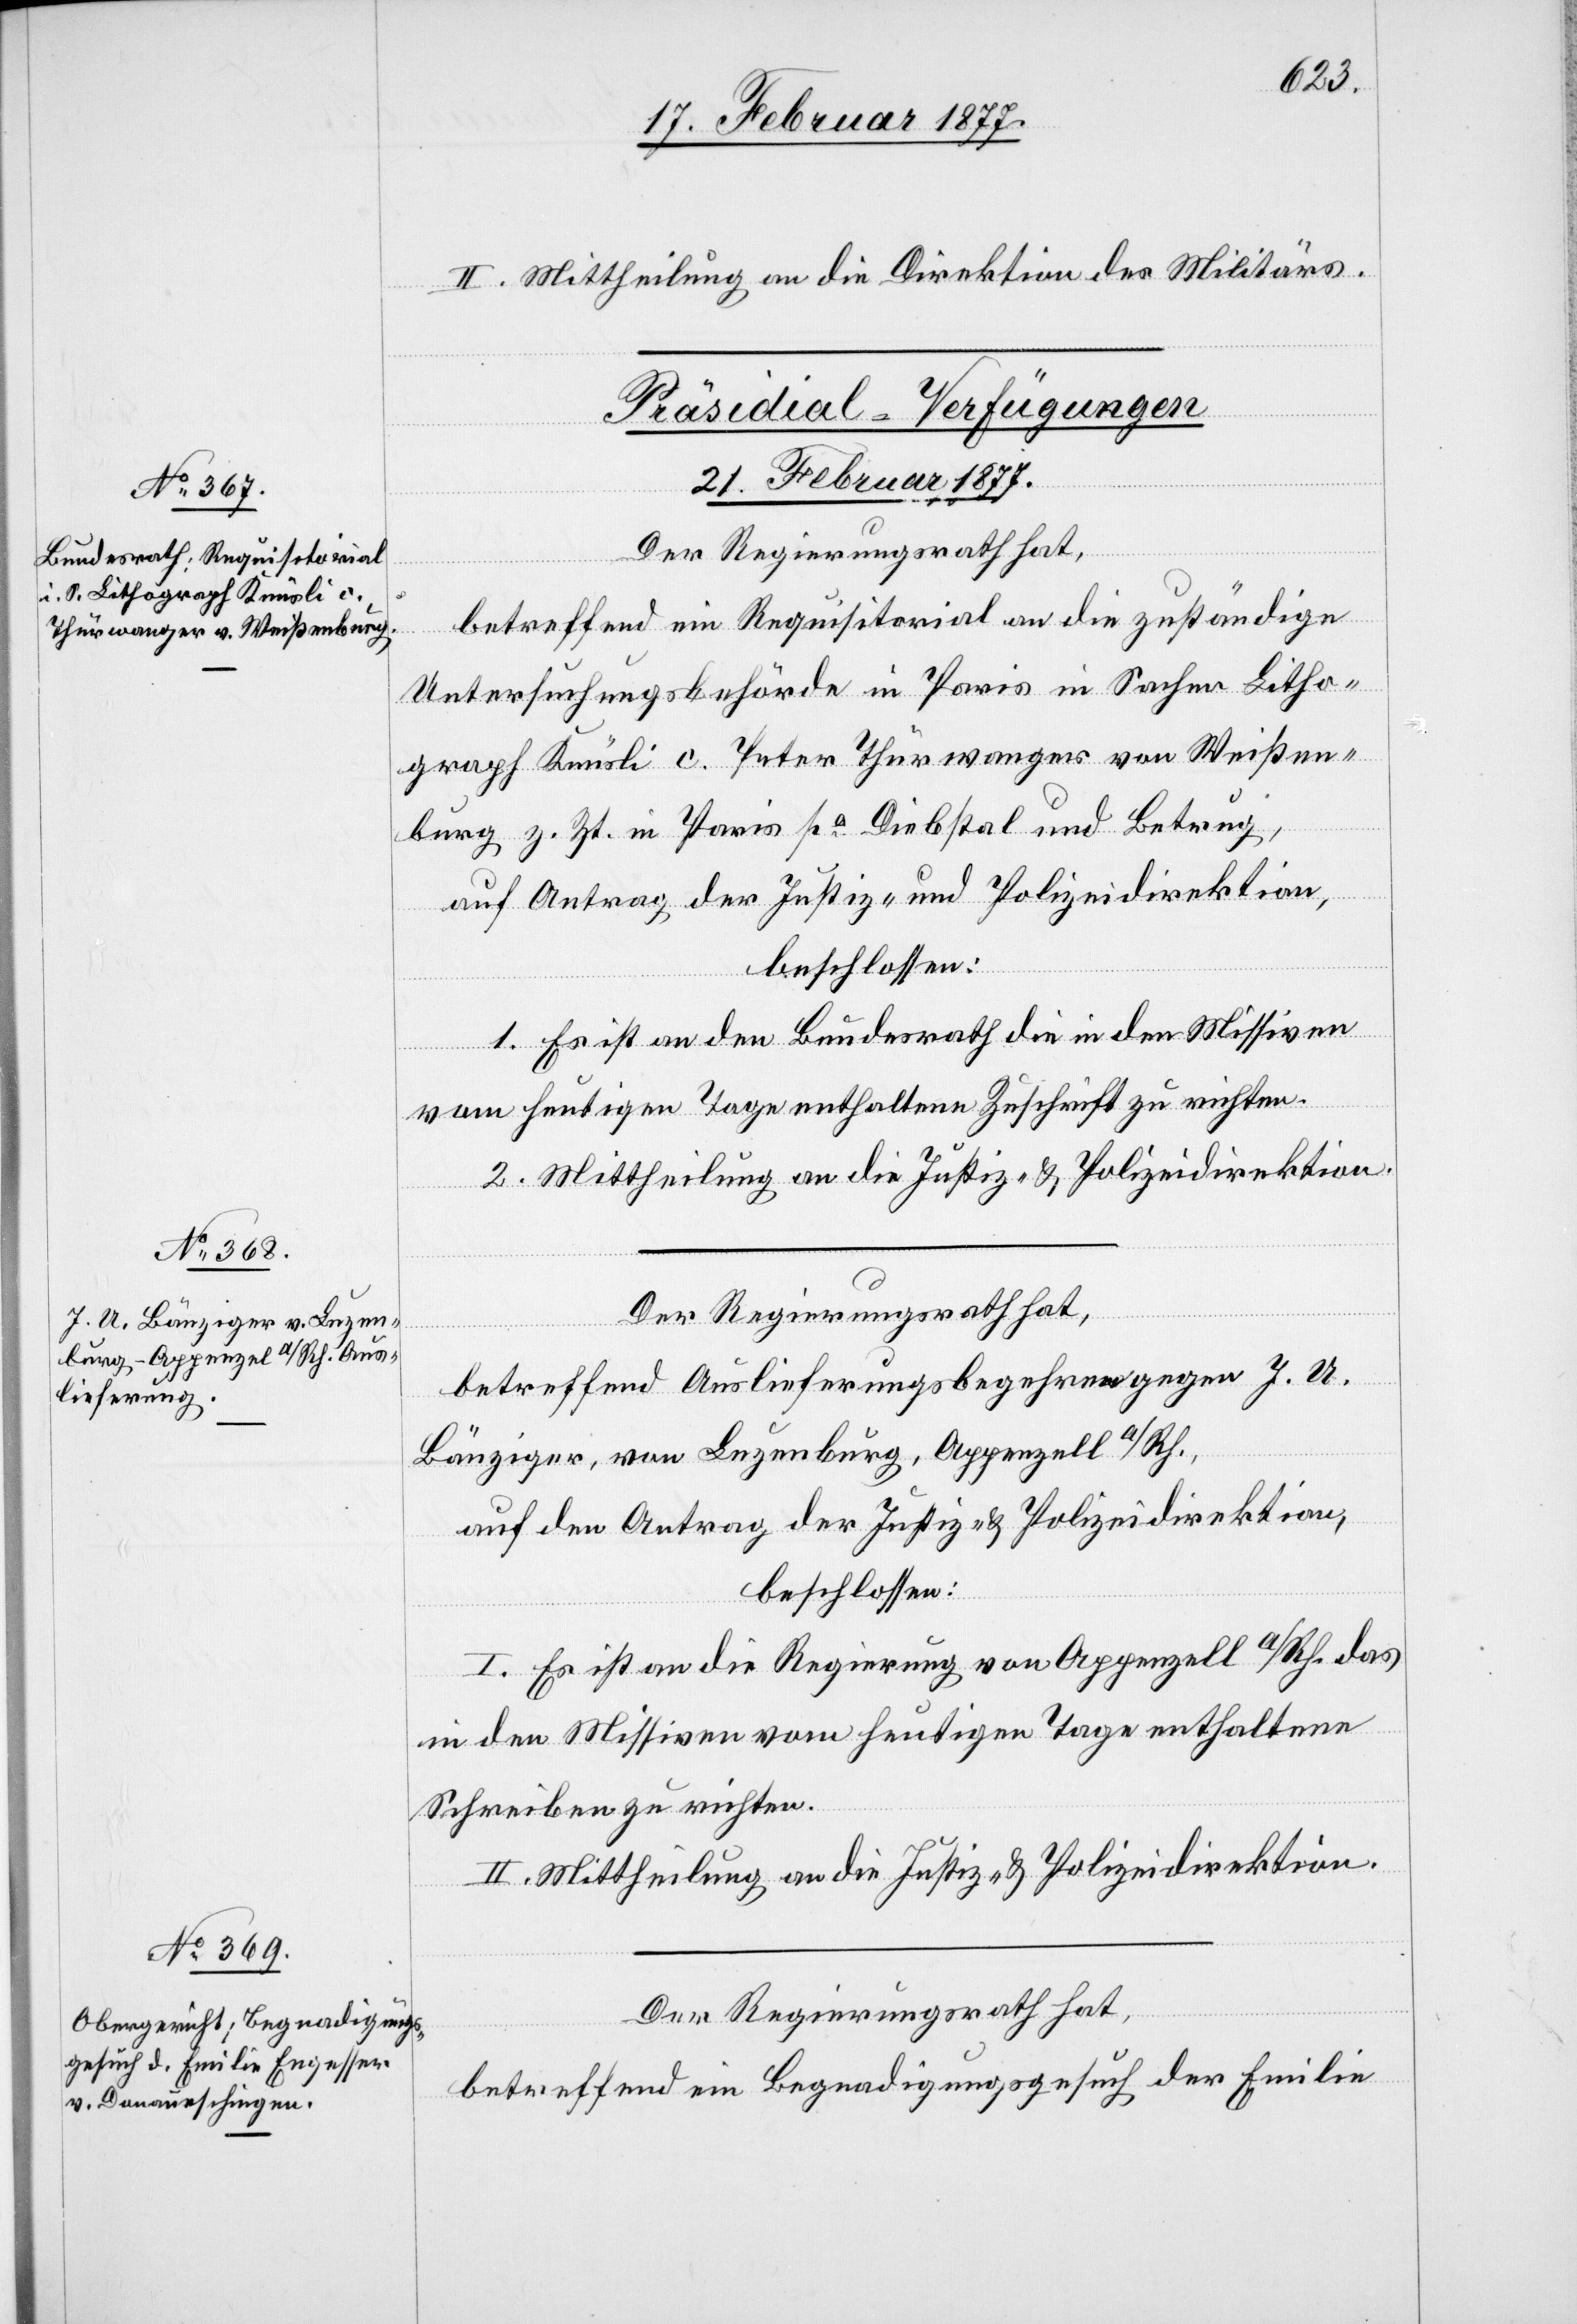
II. Mittheilung an die Direktion des Militärs.
[Präsidial-Verfügungen
21. Februar 1877.]
Der Regierungsrath hat,
betreffend ein Requisitorial an die zuständige
Untersuchungsbehörde in Paris in Sachen Litho¬
graph Knüsli c. Peter Thürwanger von Weißen¬
burg z. Zt. in Paris po Diebstal und Betrug,
auf Antrag der Justiz- und Polizeidirektion,
beschlossen:
1. Es ist an den Bundesrath die in den Missiven
vom heutigen Tage enthaltene Zuschrift zu richten.
2. Mittheilung an die Justiz- & Polizeidirektion.
Der Regierungsrath hat,
betreffend Auslieferungsbegehren gegen J. U.
Bänzinger, von Luzenburg, Appenzell a/Rh.,
auf den Antrag der Justiz- & Polizeidirektion,
beschlossen:
I. Es ist an die Regierung von Appenzell a/Rh. das
in den Missiven vom heutigen Tage enthaltene
Schreiben zu richten.
II. Mittheilung an die Justiz- & Polizeidirektion.
Der Regierungsrath hat,
betreffend ein Begnadigungsgesuch der Familie